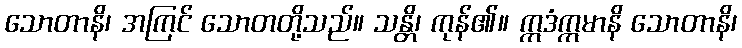
သောတာနိ၊ အကြင် သောတတို့သည်။ သန္တိ၊ ကုန်၏။ ဣဒံဣမာနိ သောတာနိ၊